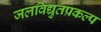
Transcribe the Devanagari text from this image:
जलविद्युतप्रकल्प